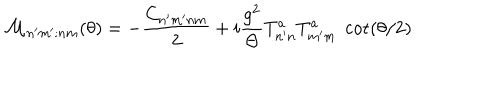
{ \cal M } _ { n ^ { \prime } m ^ { \prime } ; n m } ( \theta ) = - \frac { C _ { n ^ { \prime } m ^ { \prime } n m } } { 2 } + i \frac { g ^ { 2 } } { \Theta } T _ { n ^ { \prime } n } ^ { a } T _ { m ^ { \prime } m } ^ { a } \; \cot ( \theta / 2 )